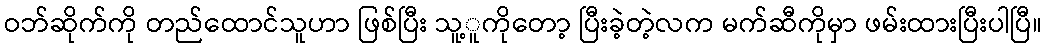
ဝဘ်ဆိုက်ကို တည်ထောင်သူဟာ ဖြစ်ပြီး သူ့ူကိုတော့ ပြီးခဲ့တဲ့လက မက်ဆီကိုမှာ ဖမ်းထားပြီးပါပြီ။